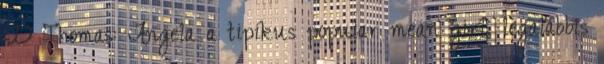
:D Thomas: Angela a tipikus popular mean girl, legalábbis